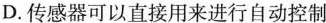
D.传感器可以直接用来进行自动控制